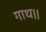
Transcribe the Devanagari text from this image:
गाथ।।